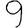
Digit: 9